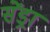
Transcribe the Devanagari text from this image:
सेंड्रा